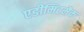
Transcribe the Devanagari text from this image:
एडीमिटमैक